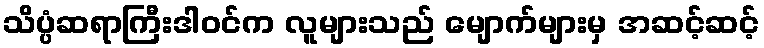
သိပ္ပံဆရာကြီးဒါဝင်က လူများသည် မျောက်များမှ အဆင့်ဆင့်